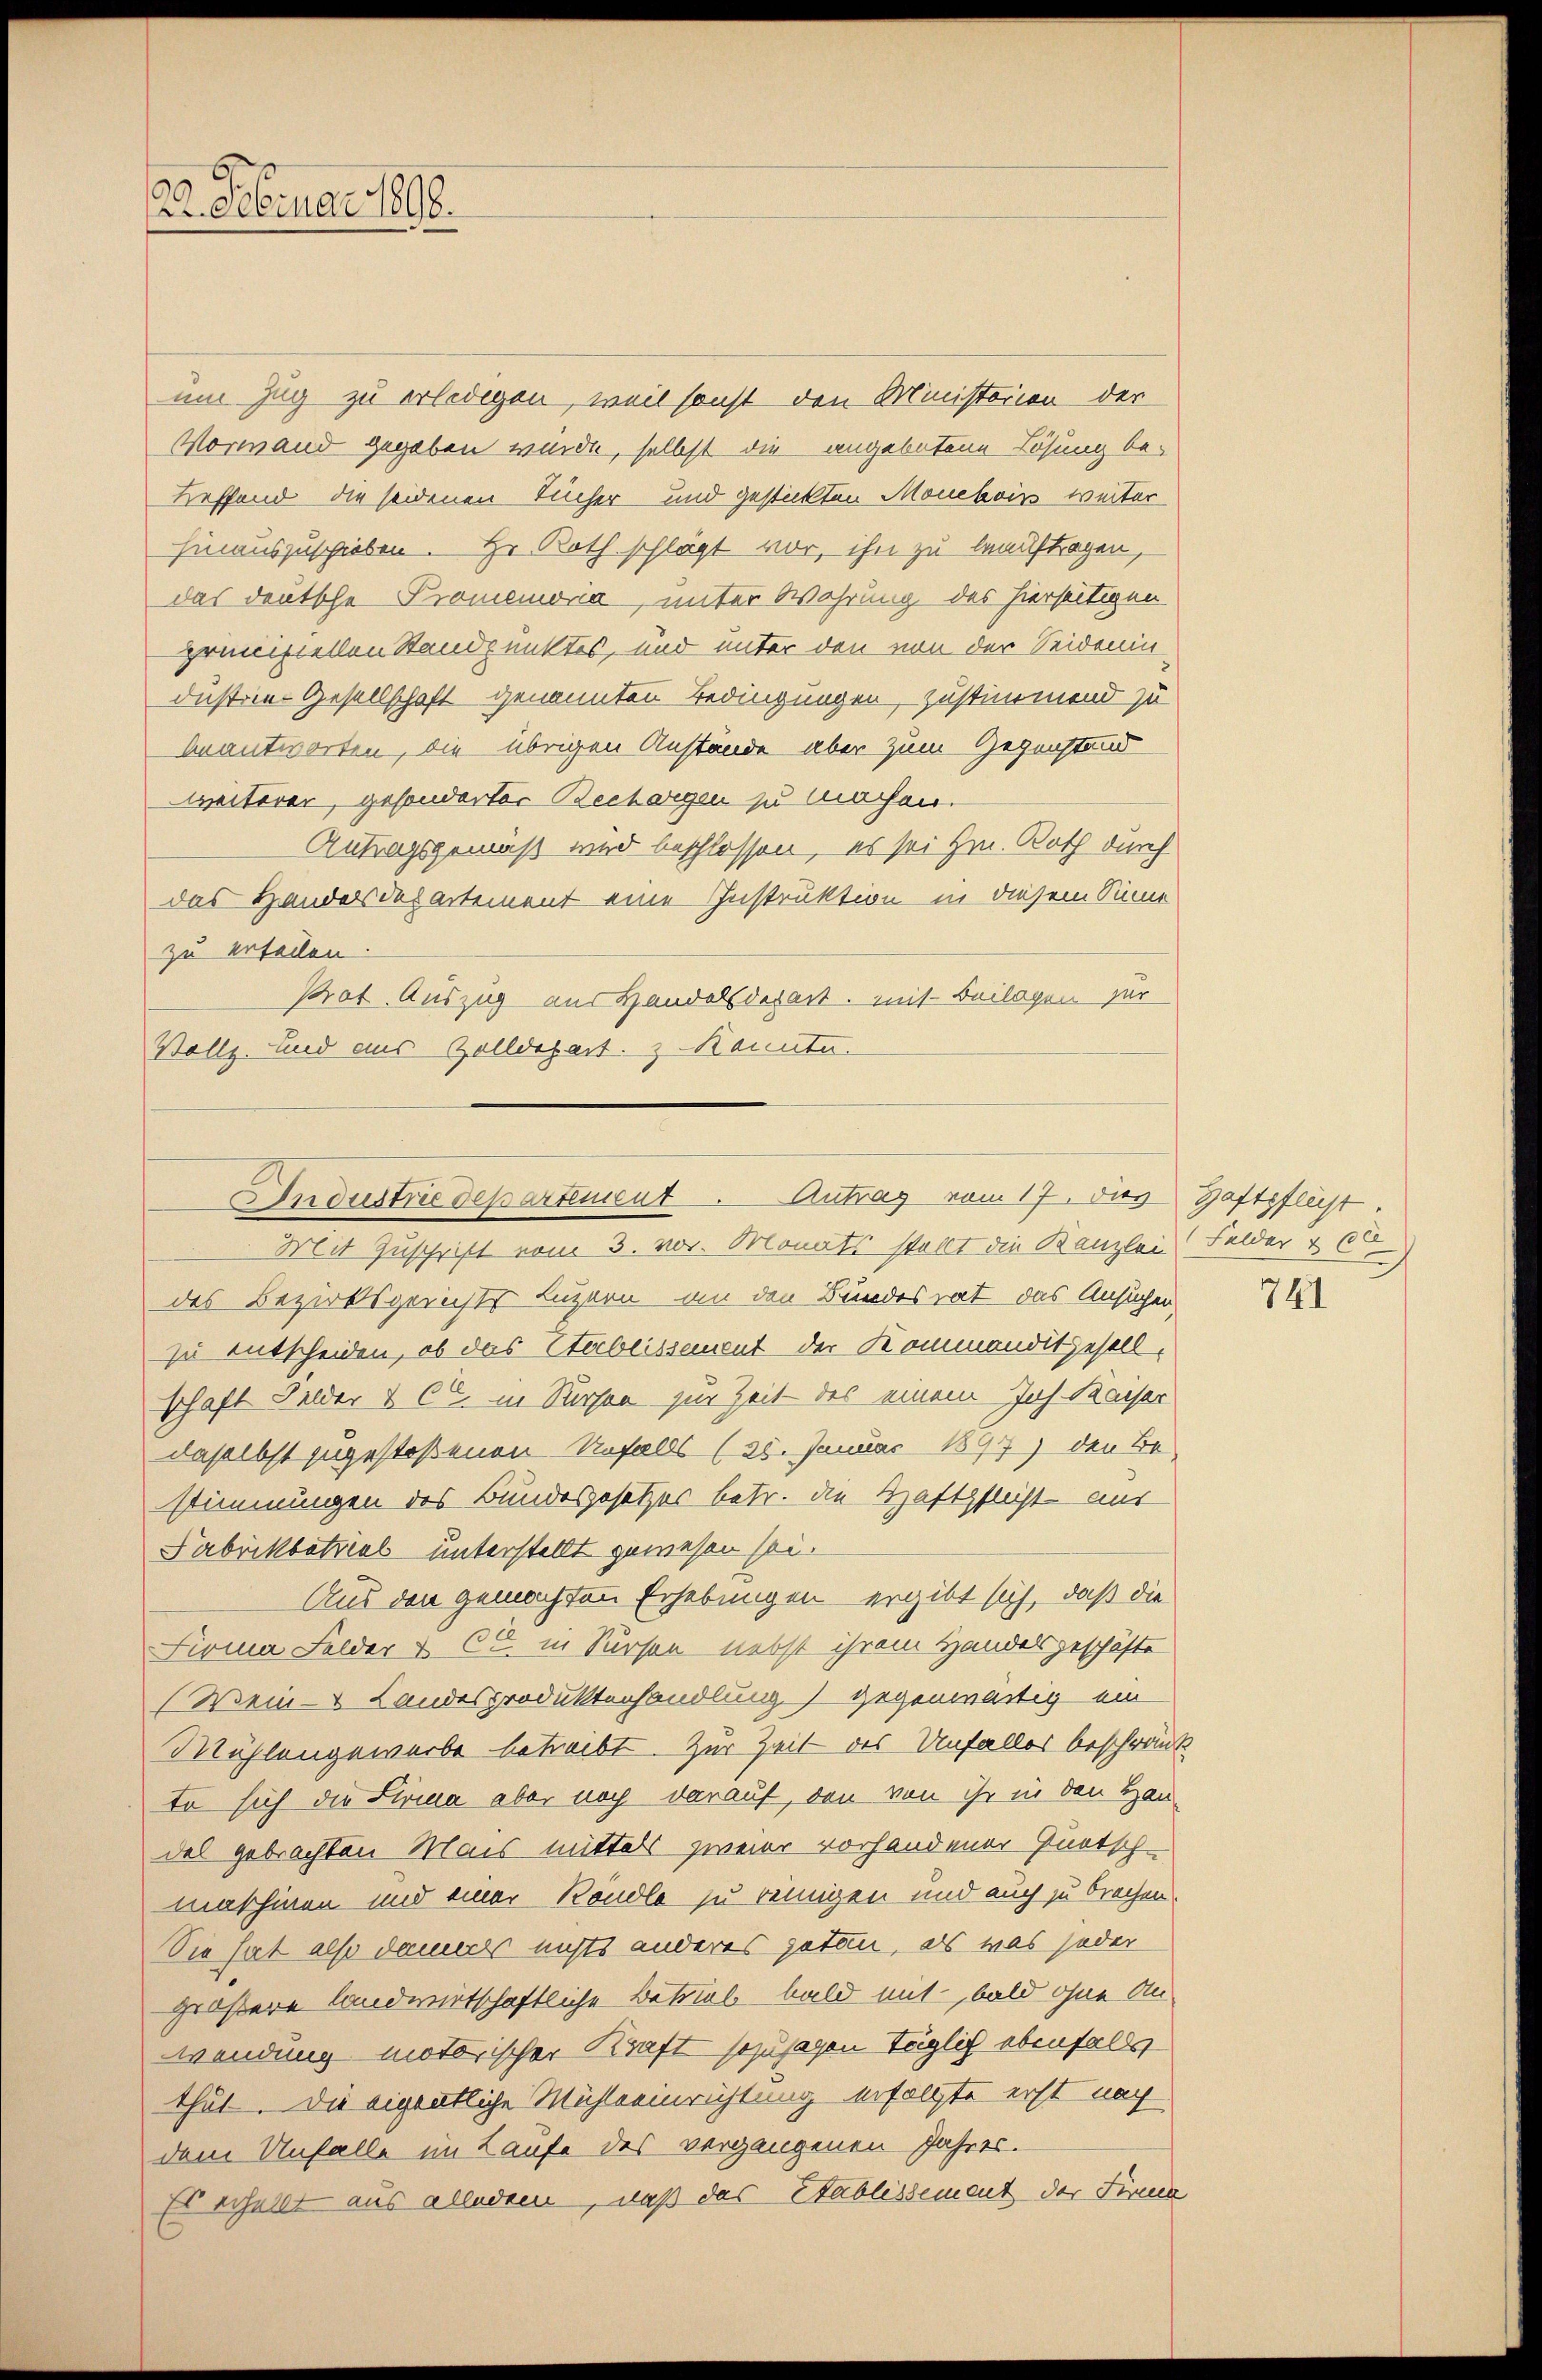
22. Februar 1890.

um Zug zu erledigen, weil sonst den Ministerien der
Vormand gegeben würde, selbst die angebotene Lösung be¬
Leffend die seidenen Sicher und gestickten Mouchois weiter
hinauszuschieben. Hr. Koth schlägt vor, ihn zu beauftragen,
das deutsche Promemoria, unter Wahrung des hierseitigen
grinistellen Standpunktes, und unter den von der Seidenin
dustrie-Gesellschaft genannten Bedingungen, zustimmend zu
beantworten, die übrigen Anstände aber zum Gegenstand
Weiterer, gesonderter Bechargen zu machen.
Antragsgemäß wird beschlossen, es sei Hrn. Roth durch
das Handersdepartement eine Instruktion in diesem Sinne
zu erteilen.
Prot. Auszug aus Handelsdepart. Mit Beilagen zur
Vollz. Und aus Zolldepart. 2 Kannte.

Industrie departement. Antrag vom 17. dies Haftpflicht

Mit Zuschrift vom 3. vor. Monats stellt die Kanzlei Felder & 66
des Bezirksgerichts Luzern an den Bundesrat das Ansuchen,
zu entscheiden, ob das Sterbeissement der Kommanditgesellschaft Felder & CC. in Sursen zur Zeit des einem Joh. Kaiser
daselbst zugestoßenen Unfalls (25. Januar 1897) den B
stimmungen des Bundesgesetzes betr. die Haftpflicht aus
Fabrikbetrieb unterstellt gewesen sei.
Aus den gemachten Erhebungen ergibt sich, daß die
Firma Felder & CG. in Sursen nebst ihrem Handelgeschäfte
(Wein- & Landesproduktenhandlung gegenwärtig ein
Mühlengewerbe betreibt. Zur Zeit des Unfalles beschränk
to sich die Firma aber noch darauf, den von ihr in den Hau
del gebrachten Mais mittels zweier vorhandener Quotsch-
maschinen und einer Köndle zu reinigen und auch zu brachen.
Sie hat also dannes nichts anderes getan, als was jeder
größere landwirtschaftliche Betrieb bald mit, bald ohne An-
wendung motorischer Kraft sozusagen täglich ebenfalls
thut. Die eigentliche Mühleeinrichtung erfolgte erst nach
dem Unfalle im Laufe des vergangenen Jahres.
Es erhellt aus alledem, daß das Stablissement der Firma

741